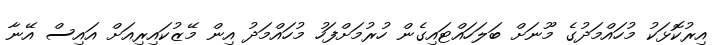
އިރުކޮޅަކު މުހައްމަދުގެ މޫނަށް ބަލަހައްޓައިގެން ހުރުމަށްފަހު މުހައްމަދު އިން މޭޒުކައިރިއަށް އައިސް އޭނާ